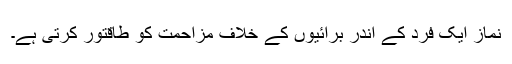
نماز ایک فرد کے اندر برائیوں کے خلاف مزاحمت کو طاقتور کرتی ہے۔